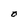
Character: O